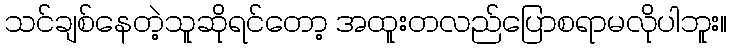
သင်ချစ်နေတဲ့သူဆိုရင်တော့ အထူးတလည်ပြောစရာမလိုပါဘူး။